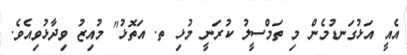
އެއީ އަޅުގަނޑުމެން މި ތަމްސީލު ކުރަނީ މުޅި ތ. އަތޮޅު" މުއިޒު ވިދާޅުވިއެވެ.